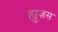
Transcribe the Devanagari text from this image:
ह्यूज़स